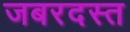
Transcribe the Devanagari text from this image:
जबरदस्त